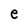
Character: e